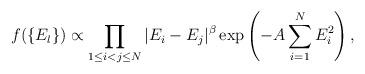
LaTeX: \begin{align*} f(\{E_l\}) \propto \prod_{1\leq i<j\leq N}^{} |E_i-E_j|^{\beta} \exp\left(-A \sum_{i=1}^{N} E_i^2 \right),\end{align*}